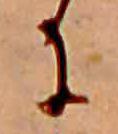
に